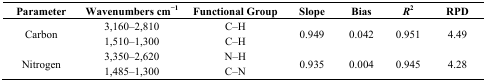
| Parameter | Wavenumbers cm−1 | Functional Group | Slope | Bias | R2 | RPD |
 | --- | --- | --- | --- | --- | --- | --- |
 | <ROWSPAN=2> Carbon | 3,160–2,810 | C–H | <ROWSPAN=2> 0.949 | <ROWSPAN=2> 0.042 | <ROWSPAN=2> 0.951 | <ROWSPAN=2> 4.49 |
 | 1,510–1,300 | C–H |
 | <ROWSPAN=2> Nitrogen | 3,350–2,620 | N–H | <ROWSPAN=2> 0.935 | <ROWSPAN=2> 0.004 | <ROWSPAN=2> 0.945 | <ROWSPAN=2> 4.28 |
 | 1,485–1,300 | C–N |